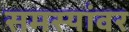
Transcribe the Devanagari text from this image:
समस्‍यांवर